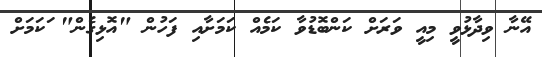
އޭނާ ވިދާޅުވީ މިއީ ވަރަށް ކަންބޮޑުވާ ކަމެއް ކަމަށާއި ފަހުން "އޮޅިގެން" ަކަމަށް